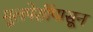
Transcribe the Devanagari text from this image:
मूलपेशींपासून